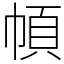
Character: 幁